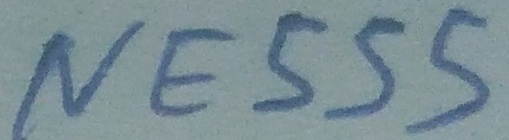
Text: NE555